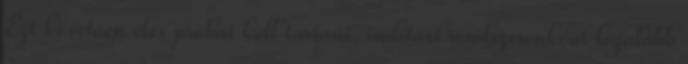
Ezt követõen éles próbát kell tartani, indítási rendszerenként legalább